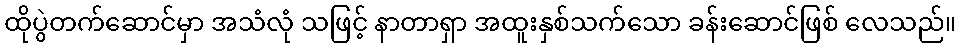
ထိုပွဲတက်ဆောင်မှာ အသံလုံ သဖြင့် နာတာရှာ အထူးနှစ်သက်သော ခန်းဆောင်ဖြစ် လေသည်။